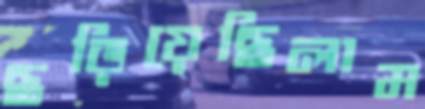
ছড়িয়েছিলাম